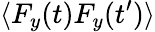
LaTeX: \langle F_{y}(t)F_{y}(t^{\prime})\rangle